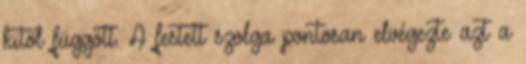
kitől függött. A festett szolga pontosan elvégezte azt a